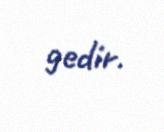
gedir.